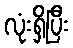
လုံးရှိပြီး